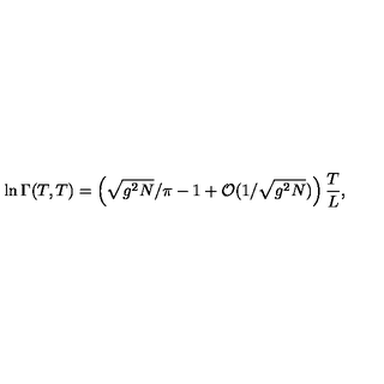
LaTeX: \ln \Gamma ( T , T ) = \left( \sqrt { g ^ { 2 } N } / \pi - 1 + { \cal O } ( 1 / \sqrt { g ^ { 2 } N } ) \right) \frac { T } { L } ,